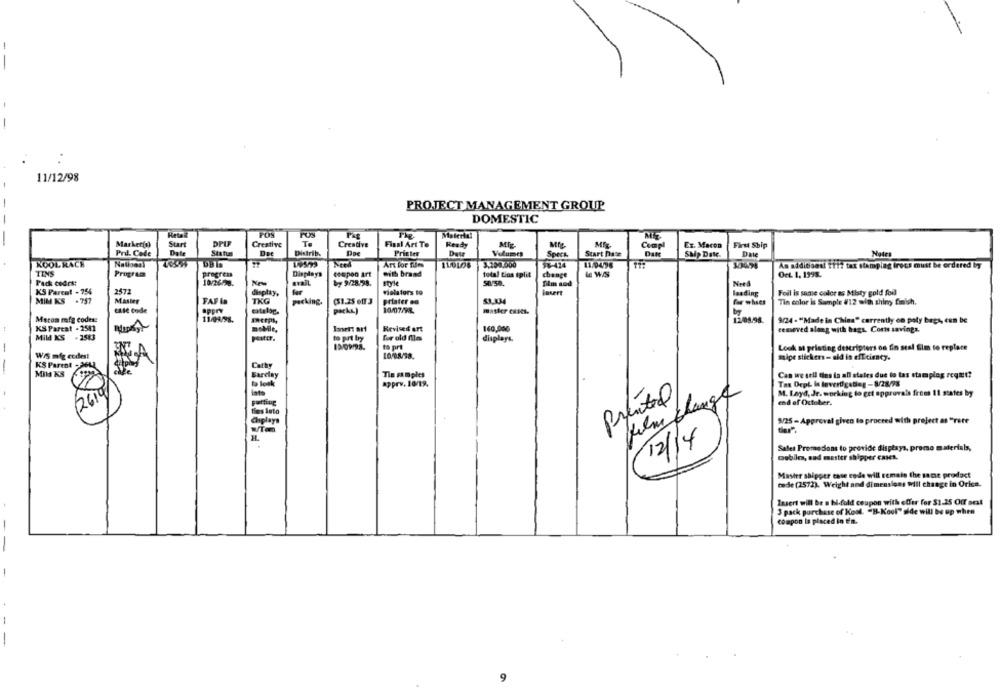
11/12/98
-
PROJECT MANAGEMENT GROUP
DOMESTIC
Materia!
MIE
Market(s)
Start
DPIF
Creative
Te
Creative
Final Art To
Ready
Mig
Compl
Ex. Macon
Fire Ship
Prd. Code
Date
Statun
Distrib.
Printer
Dou
Volumes
Specs
Start Pase
Ship Date.
KOOL KACH
Art for films
3.200.000
58-424
11/04/96
As additional ifiz tax stamping iroca must be ordered by
TINS
Program
progress
Displays
coupon art
with brand
total tios split
change
le WAS
OrL 1, 1998.
Pack codes:
10/26/28.
৳y 9/28.98.
style
50/50.
film sod
KS Parent - 75%
2472
fer
violators to
insert
leading
Foil Is same color as Misty gold foil
MIM KS . 757
FAF La
display,
Maslee
TKG
parking.
(51.25 off3
printer en
for whses
Tin color is Sample #12 with shiny finish.
apprY
catalog.
packe)
10/07/98
master capes.
by
Maros mfg codese
11/04/98.
12/05.98.
9/24 - "Made in China" currently on poly bags, can be
KS Pareat - 2501
mobile,
Insert art
Revised art
160,000
removed along with bags. Corts savings.
Mild KS - 2583
Pater.
to prt by
for old fla
displays.
to pri
Look a printing destripters on fin scal film to replace
Wis mig codes!
10/08/38.
mipe stickers - ald in efficiency.
KS Parent -
Cathy
Mil KS
Barday
Tin samples
Can we sell fins in all states due to tas stamplag reqmet?
to look
apprv. 10/19.
Tax Dept In leverdigsdieg -8/28/93
lato
M. Layd, Jr. working to get approvals from 11 states by
2619
Printed
film change
end of October.
duplays
$/25 - Approval given to proceed with project as "rite
Sales Promedions to provide displays, promo materials,
mobiles, sad mester shipper cases.
Master shipper esse code will remain the same product
rede (2572). Weight and dimensions Will change in Orica.
Insert will be a hi-fold coupon with offer for $1.25 Off oral
3 pack purchase of Kool. "B-Kool" side will be up when
compon is placed in ffm.
- -